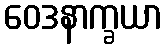
ဝေဒနာက္ခယာ